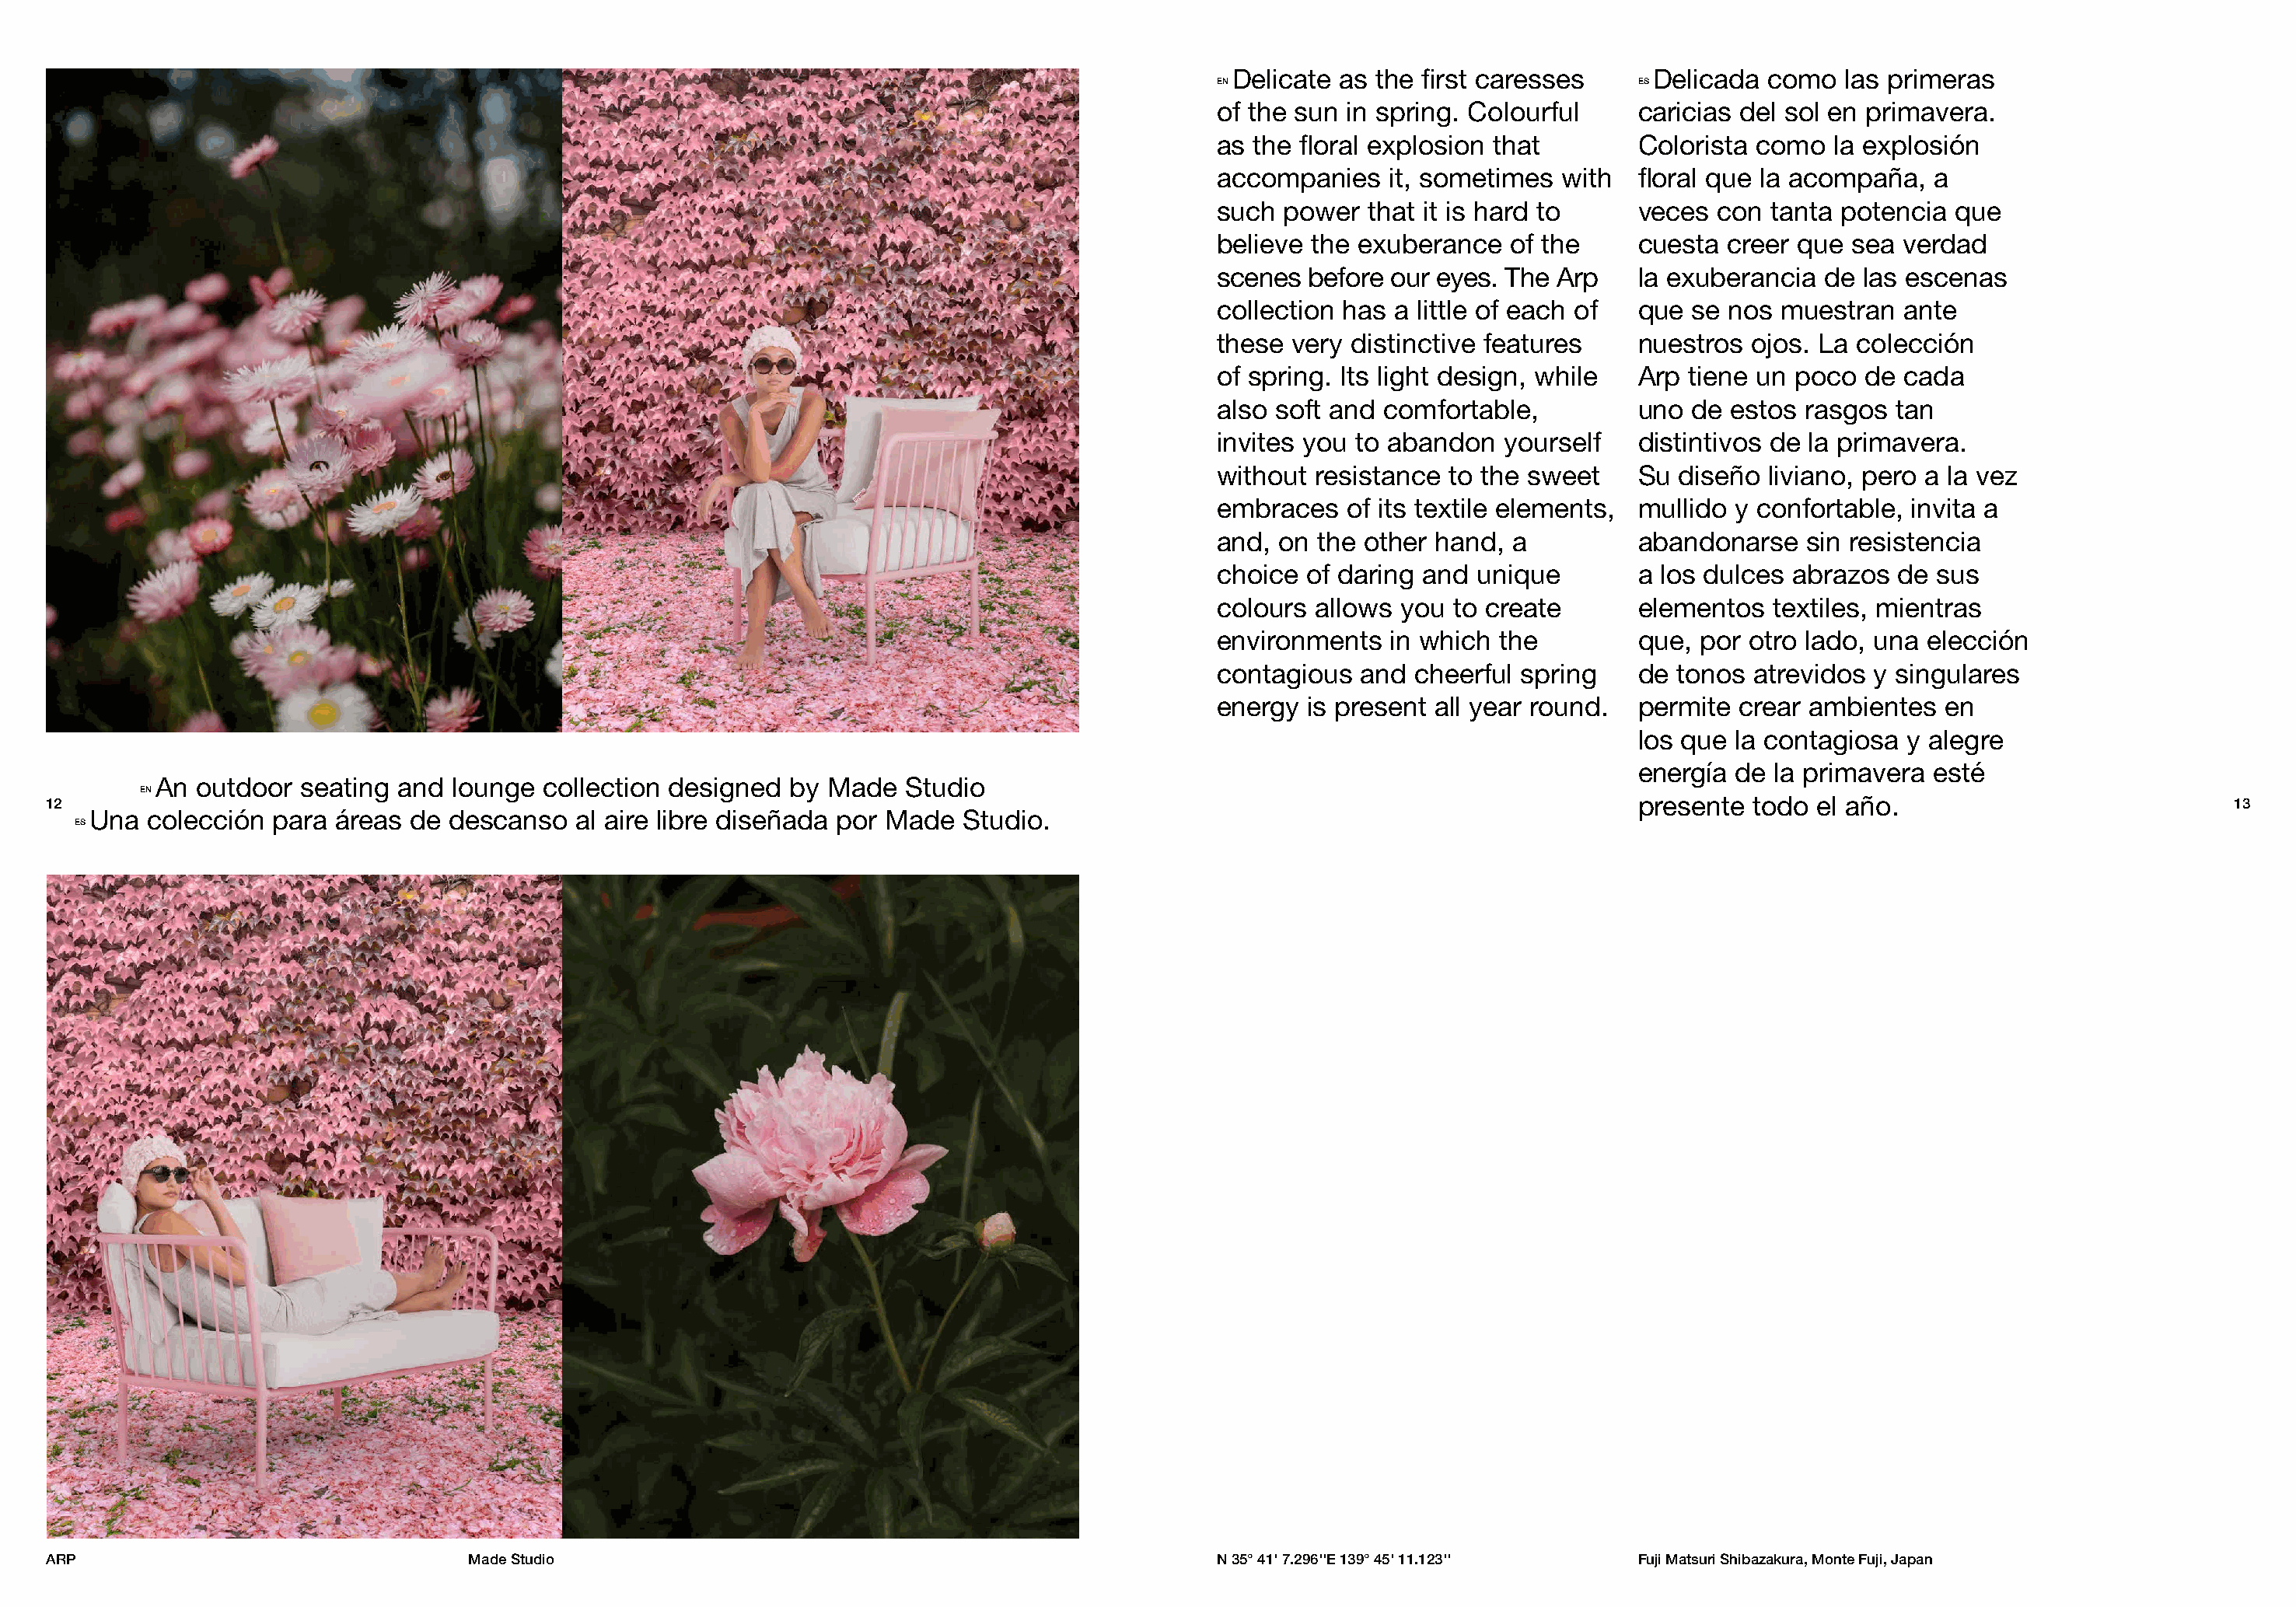
Delicate as the first caresses      Delicada  como  las primeras
 EN                                 ES
 of the sun in spring. Colourful    caricias del sol en primavera.
 as the floral explosion that       Colorista como   la explosión
 accompanies   it, sometimes  with  floral que la acompaña,   a
 such power   that it is hard to    veces  con  tanta potencia que
 believe the exuberance   of the    cuesta  creer que  sea verdad
 scenes before our eyes. The  Arp   la exuberancia  de  las escenas
 collection has a little of each of que  se nos  muestran  ante
 these very distinctive features    nuestros  ojos. La colección
 of spring. Its light design, while Arp  tiene un poco  de cada
 also soft and comfortable,         uno  de estos  rasgos tan
 invites you to abandon  yourself   distintivos de la primavera.
 without resistance to the sweet    Su  diseño  liviano, pero a la vez
 embraces   of its textile elements, mullido y confortable, invita a
 and, on the other hand,  a         abandonarse    sin resistencia
 choice of daring and  unique       a los dulces  abrazos  de sus
 colours allows you  to create      elementos   textiles, mientras
 environments  in which  the        que,  por otro lado, una elección
 contagious  and cheerful spring    de  tonos atrevidos  y singulares
 energy is present all year round.  permite  crear ambientes   en
 los que  la contagiosa y alegre
 energía  de la primavera  esté
 An  outdoor  seating and lounge  collection designed  by Made   Studio
 EN
 12                                                                                                                                     presente  todo  el año.                            13
 Una  colección para  áreas de descanso   al aire libre diseñada por Made  Studio.
 ES
 ARP                                 Made Studio                                                     N 35° 41' 7.296''E 139° 45' 11.123'' Fuji Matsuri Shibazakura, Monte Fuji, Japan